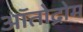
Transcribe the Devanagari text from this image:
ऑतोद्रोम